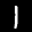
Label: 1